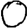
Digit: 0